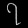
Digit: ၇